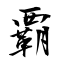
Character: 覇